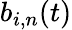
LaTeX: b_{i,n}(t)